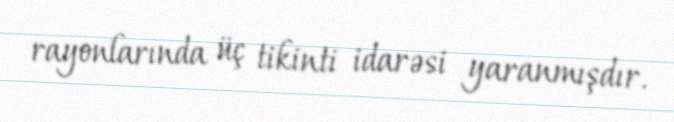
rayonlarında üç tikinti idarəsi yaranmışdır.